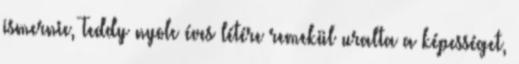
ismernie, Teddy nyolc éves létére remekül uralta a képességet,